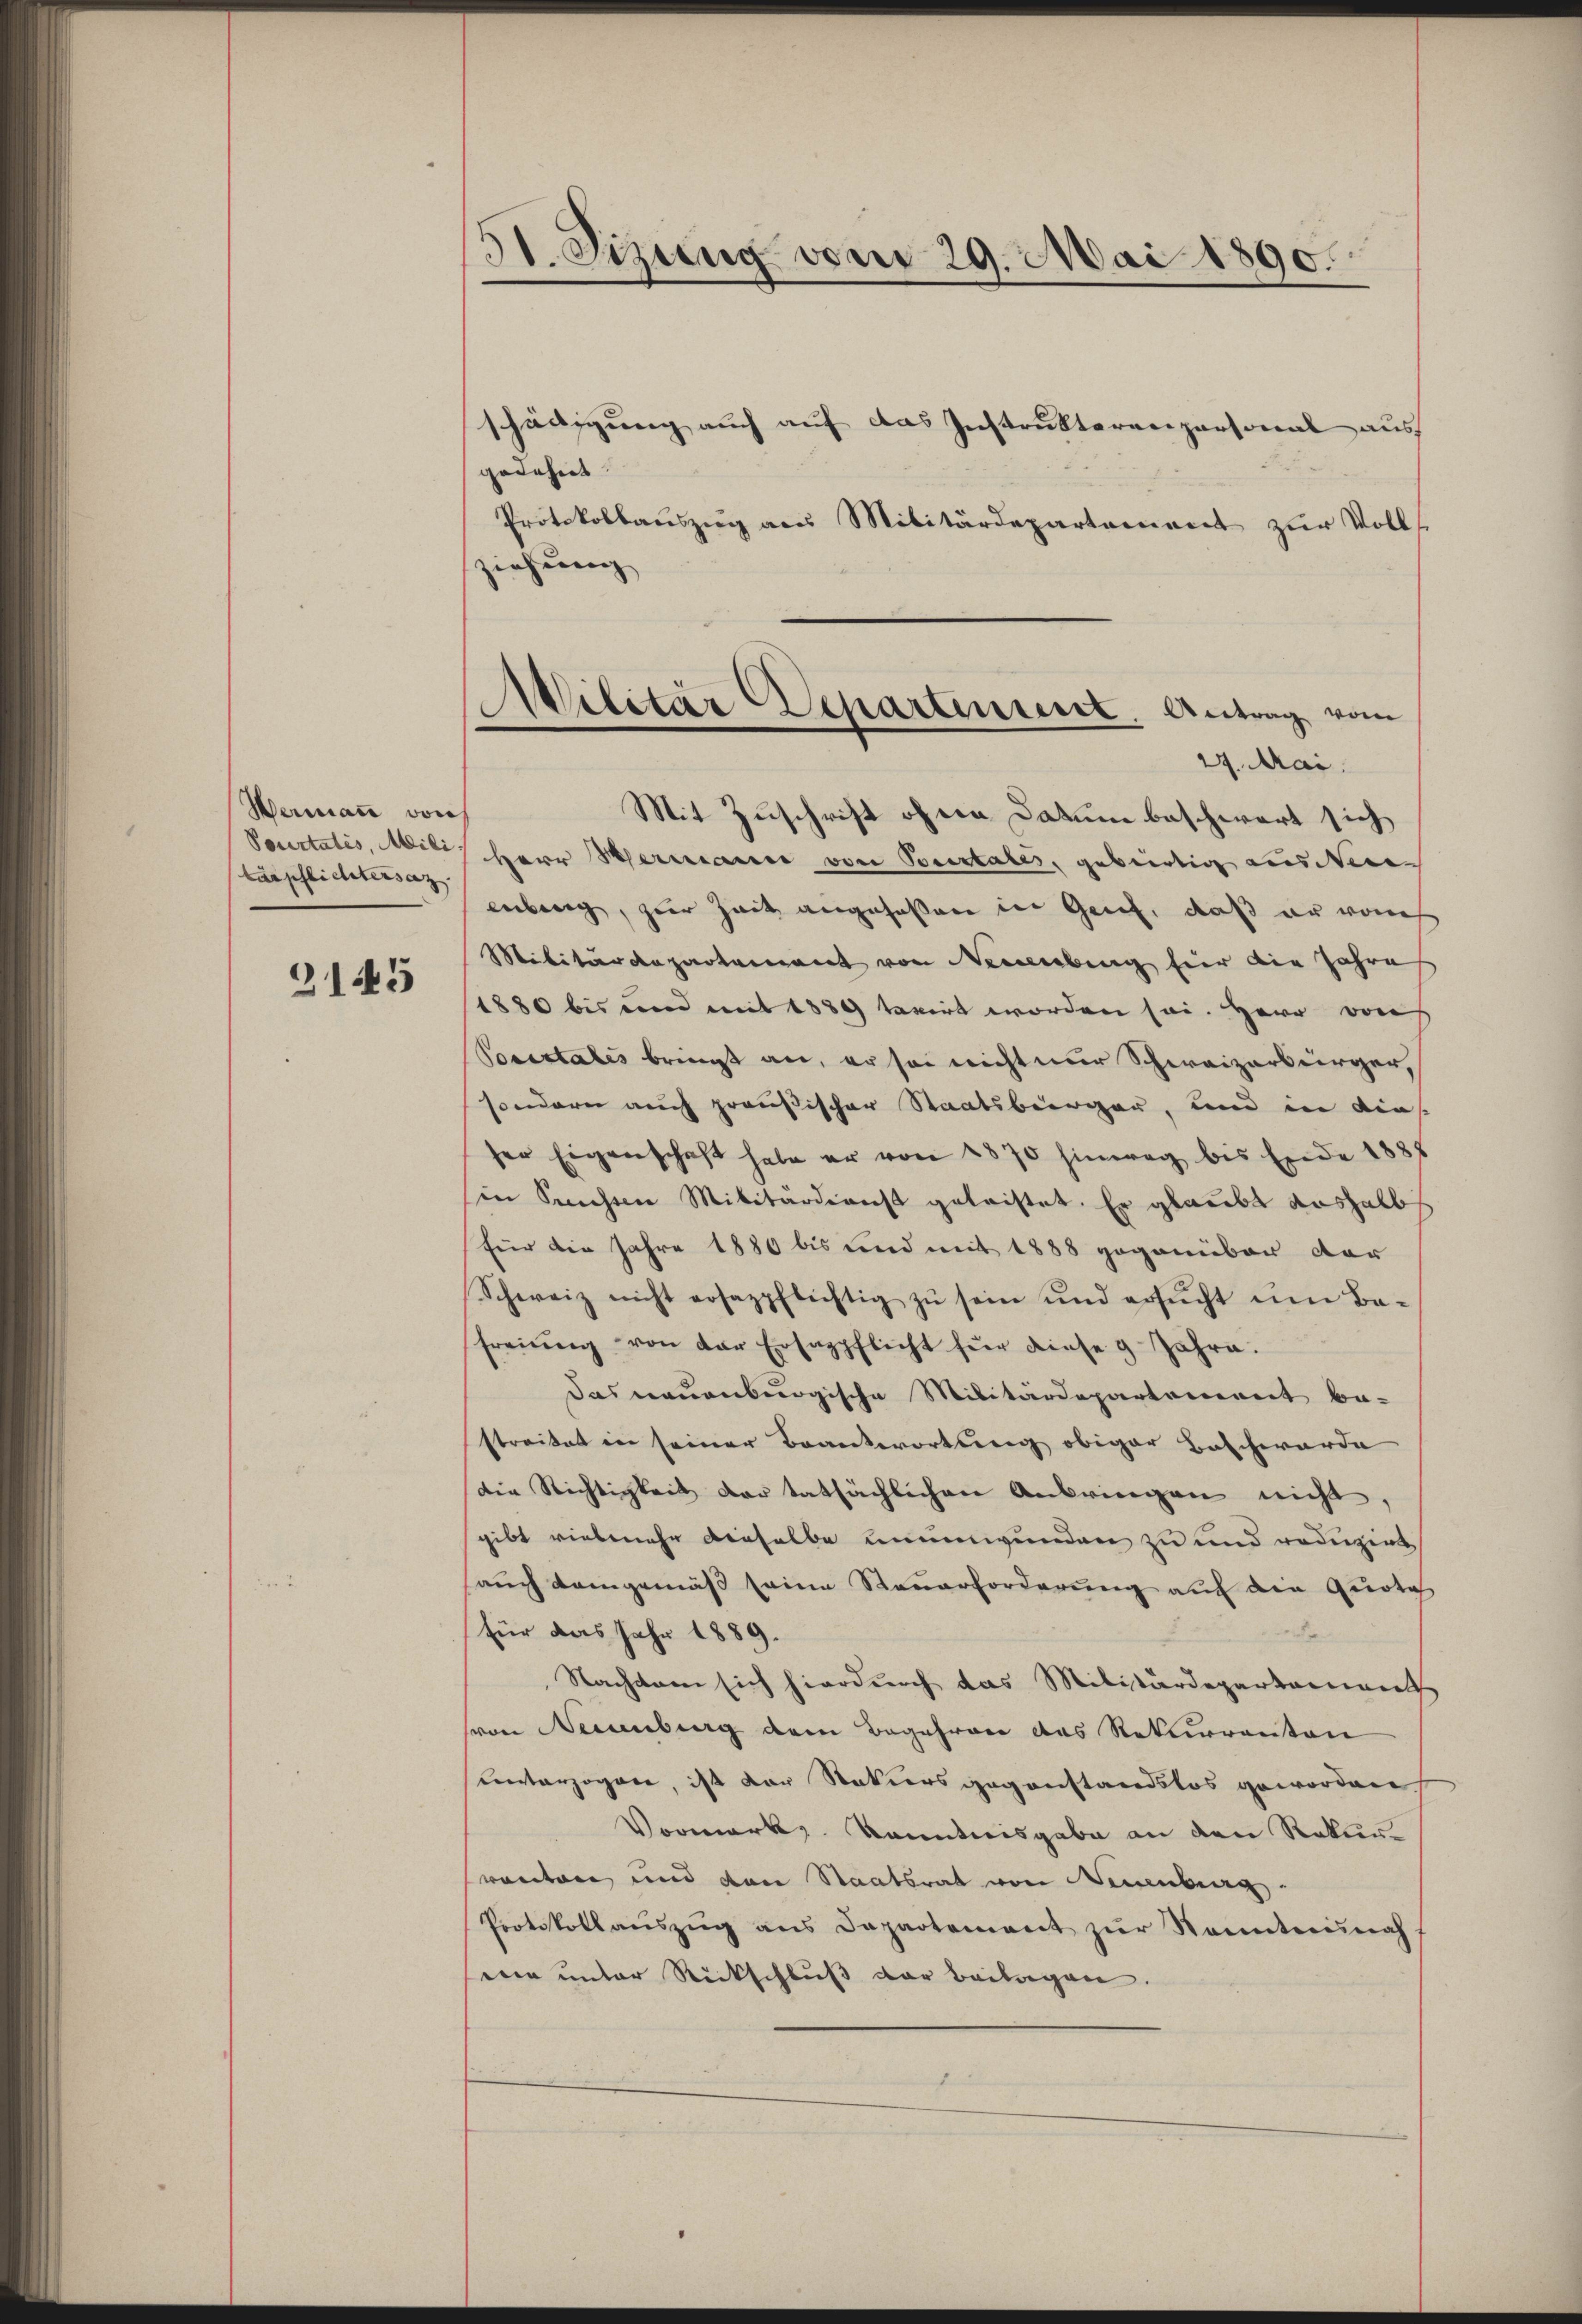
Wermaṅ von
Pourtatis, Mili
tärpflichtersaz.

2145

31. Sizung vom 29. Mai 1890.

schädigung auch auf das Instruktorenpersonal aus
gedehnt.
Protokollauszug aus Militärdepartement zur Volls
ziehung
Mit Zuschrift ohne Datum beschwart sich
Herr Hermasser von Pocertales, gebürtig ausde
enberg, zur Zeit angefassen in Geif, daß er von
Militärdepartement von Neeiebung hier die Jahre
1880 bis ein mit 1889 taxirt worden sei. Herr von
Pocertales bringt an, er sei nicht nur Schweizerbürger,
sondern auch preußischer Staatsbürger, und in dies
ser Eigenschaft habe er von 1870 hinweg bis Ende 1888
sin Sunsten Militärdienst geleistet. Er glaubt aushalb
für die Jahre 1880 bis und mit 1888 gegenüber der
Schweiz nicht ersazpflichtig zŭ sein und ersŭcht ŭm Befreiung von der Ersazpflicht für diese 4. Jahre.
Das neuenburgische Militärdepartenweit be-
streitet in seiner Beantwortung obiger Beschwerde
die Richtigkeit der tatsächlichen Anbringen nicht,
gibt vielmehr dieselbe unumwunden zu und reduzirt
auch demgemäß seine Sauerforderung auf die Quote
für das Jahr 1889.
Nachtem sich hierdurch das Militärdepartement
von Neuenburg dem Begehren des Rekurrenten
unterzogene, ist der Natursgegenstandslos gewordene
Vormerk. Kenntnisgabe an den Rekurwarten und von Staatsrat von Neuenburg.
Protokollaŭszŭg ans Departement zŭr Sonntennah
wir unter Rückschluß der Beilagen.

Wilitär Departinient. Antrag vom
27. Mai.